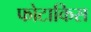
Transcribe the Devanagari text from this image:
फोटाकिस